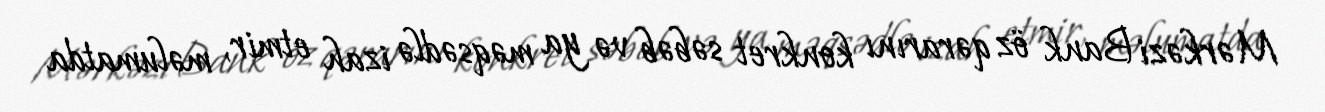
Mərkəzi Bank öz qərarını konkret səbəb və ya məqsədlə izah etmir, məlumatda